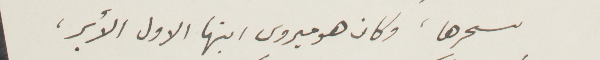
سحرها، وكان هوميروس ابنها الأول الأبر،